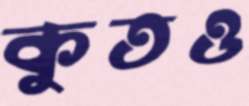
কুতও